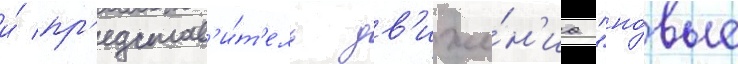
и́ пр'едстав'и́т'ель дв'иже́н'иа "но́вые